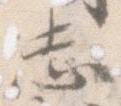
志